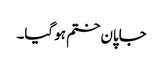
جاپان ختم ہو گیا۔